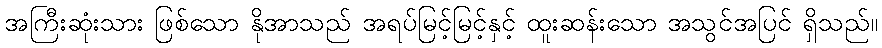
အကြီးဆုံးသား ဖြစ်သော နိုအာသည် အရပ်မြင့်မြင့်နှင့် ထူးဆန်းသော အသွင်အပြင် ရှိသည်။